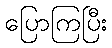
ပြောကြပြီး